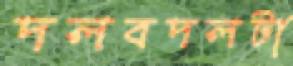
দলবদলটা